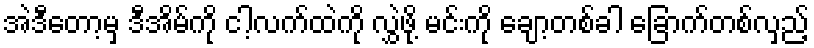
အဲဒီတော့မှ ဒီအိမ်ကို ငါ့လက်ထဲကို လွှဲဖို့ မင်းကို ချော့တစ်ခါ ခြောက်တစ်လှည့်